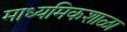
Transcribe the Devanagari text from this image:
माध्यमिकशाळा